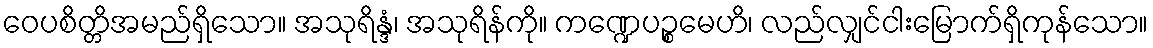
ဝေပစိတ္တိအမည်ရှိသော။ အသုရိန္ဒံ၊ အသုရိန်ကို။ ကဏ္ဍေပဉ္စမေဟိ၊ လည်လျှင်ငါးမြောက်ရှိကုန်သော။